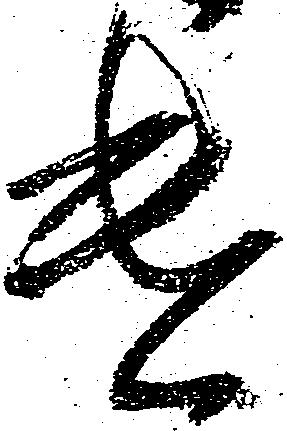
遣